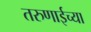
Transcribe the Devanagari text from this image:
तरुणाईच्या